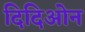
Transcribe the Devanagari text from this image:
दिदिओन